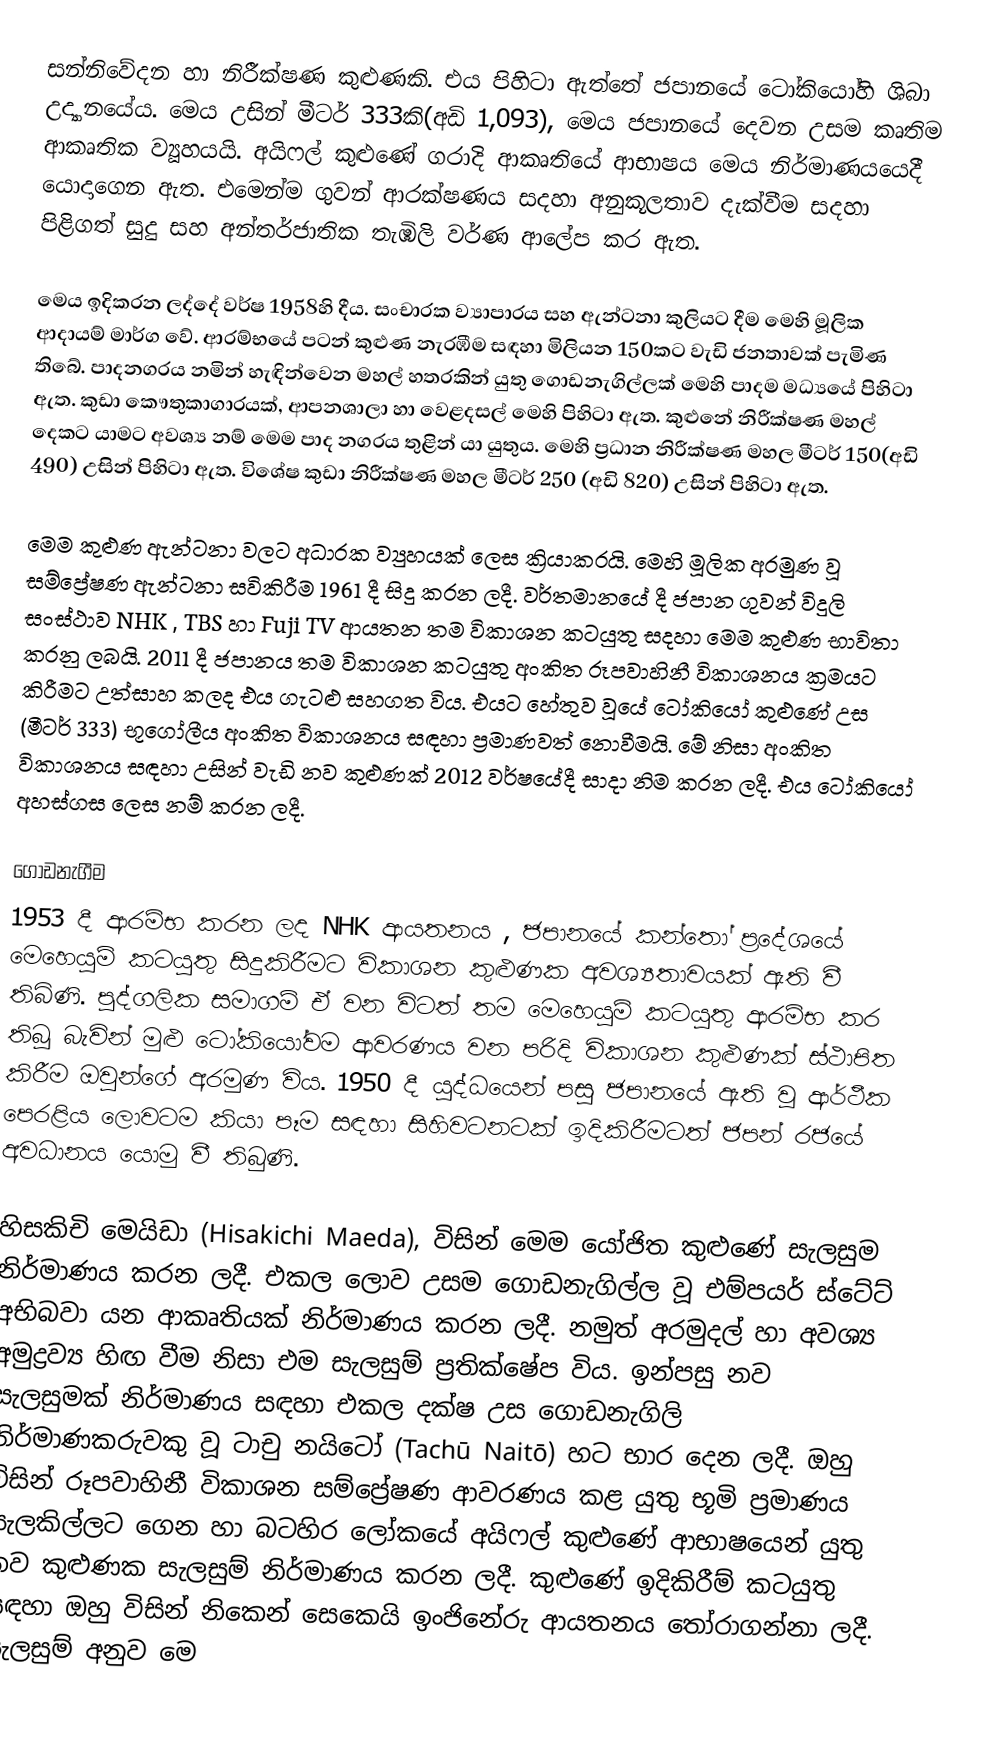
සන්නිවේදන හා නිරීක්ෂණ කුළුණකි. එය පිහිටා ඇත්තේ ජපානයේ ටෝකියෝහි ශිබා උද්‍යානයේය. මෙය උසින් මීටර් 333කි(අඩි 1,093), මෙය ජපානයේ දෙවන උසම කෘතිම ආකෘතික ව්‍යූහයයි.  අයිෆල් කුළුණේ  ගරාදි ආකෘතියේ  ආභාෂය මෙය නිර්මාණයයෙදී  යොදාගෙන ඇත. එමෙන්ම ගුවන් ආරක්ෂණය සදහා අනුකූලතාව දැක්වීම සදහා පිළිගත්  සුදු සහ අන්තර්ජාතික තැඹිලි වර්ණ ආලේප කර ඇත.

මෙය ඉදිකරන ලද්දේ වර්ෂ 1958හි දීය. සංචාරක ව්‍යාපාරය සහ ඇන්ටනා කුලියට දීම මෙහි මූලික ආදායම් මාර්ග වේ. ආරම්භයේ පටන් කුළුණ නැරඹීම සඳහා මිලියන 150කට වැඩි ජනතාවක් පැමිණ තිබේ. පාදනගරය නමින් හැඳින්වෙන මහල් හතරකින් යුතු ගොඩනැගිල්ලක් මෙහි පාදම මධ්‍යයේ පිහිටා ඇත. කුඩා කෞතුකාගාරයක්, ආපනශාලා හා වෙළදසල් මෙහි පිහිටා ඇත. කුළුනේ නිරීක්ෂණ මහල් දෙකට යාමට අවශ්‍ය නම් මෙම පාද නගරය තුළින් යා යුතුය. මෙහි ප්‍රධාන නිරීක්ෂණ මහල මීටර් 150(අඩි 490) උසින් පිහිටා ඇත. විශේෂ කුඩා නිරීක්ෂණ මහල මීටර් 250 (අඩි 820) උසින් පිහිටා ඇත.

මෙම කුළුණ ඇන්ටනා වලට අධාරක ව්‍යුහයක් ලෙස ක්‍රියාකරයි. මෙහි මූලික අරමුණ වූ සම්ප්‍රේෂණ ඇන්ටනා සවිකිරීම 1961 දී සිදු කරන ලදී. වර්තමානයේ දී ජපාන ගුවන් විදුලි සංස්ථාව NHK ,  TBS හා  Fuji TV ආයතන තම විකාශන කටයුතු සදහා මෙම කුළුණ භාවිතා කරනු ලබයි. 2011 දී ජපානය තම විකාශන කටයුතු අංකිත රූපවාහිනී විකාශනය ක්‍රමයට කිරීමට උත්සාහ කලද එය ගැටළු සහගත විය. එයට හේතුව වූයේ ටෝකියෝ කුළුණේ උස (මීටර් 333) භූගෝලීය අංකිත විකාශනය සඳහා ප්‍රමාණවත් නොවීමයි. මේ නිසා අංකිත විකාශනය සඳහා උසින් වැඩි නව කුළුණක් 2012 වර්ෂයේදී සාදා නිම කරන ලදී. එය  ටෝකියෝ අහස්ගස ලෙස නම් කරන ලදී.

ගොඩනැගීම
1953 දී ආරම්භ කරන ලද NHK ආයතනය , ජපානයේ  කන්තෝ ප්‍රදේශ‍යේ මෙහෙයුම් කටයුතු සිදුකිරීමට විකාශන කුළුණක අවශ්‍යතාවයක් ඇති වී තිබිණි. පුද්ගලික සමාගම් ඒ වන විටත් තම මෙහෙයුම් කටයුතු ආරම්භ කර තිබූ බැවින් මුළු ටෝකියෝවම ආවරණය වන පරිදි විකාශන කුළුණක් ස්ථාපිත කිරීම ඔවුන්ගේ අරමුණ විය. 1950 දී යුද්ධයෙන් පසු  ජපානයේ ඇති වූ ආර්ථීක පෙරළිය​ ලොවටම කියා පෑම සඳහා සිහිවටනටක් ඉදිකිරීමටත් ජපන් රජයේ අවධානය යොමු වී තිබුණි.

හිසකිචි මෙයිඩා (Hisakichi Maeda), විසින් මෙම යෝජිත කුළුණේ සැලසුම නිර්මාණය කරන ලදී. එකල ලොව උසම ගොඩනැගිල්ල වූ එම්පයර් ස්ටේට් අභිබ​වා යන ආකෘතියක් නිර්මාණය කරන ලදී. නමුත් අරමුදල් හා අවශ්‍ය අමුද්‍රව්‍ය හිඟ වීම නිසා එම සැලසුම් ප්‍රතික්ෂේප විය. ඉන්පසු නව සැලසුමක් නිර්මාණය සඳහා එකල දක්ෂ උස ගොඩනැගිලි නිර්මාණකරුවකු වූ ටාචු නයිටෝ (Tachū Naitō) හට භාර දෙන ලදී. ඔහු විසින් රූපවාහිනී විකාශන සම්ප්‍රේෂණ ආවරණය කළ යුතු භූමි ප්‍රමාණය සැලකිල්ලට ගෙන හා බටහිර ලෝකයේ අයිෆල් කුළුණේ ආභාෂයෙන් යුතු නව කුළුණක සැලසුම් නිර්මාණය කරන ලදී. කුළුණේ ඉදිකිරීම් කටයුතු සඳහා ඔහු විසින් නිකෙන් සෙකෙයි ඉංජිනේරු ආයතනය තෝරාගන්නා ලදී. සැලසුම් අනුව මෙ